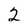
Character: 2